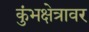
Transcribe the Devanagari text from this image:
कुंभक्षेत्रावर